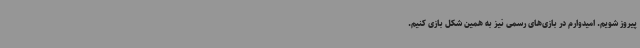
پیروز شویم. امیدوارم در بازی‌های رسمی نیز به همین شکل بازی کنیم.